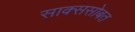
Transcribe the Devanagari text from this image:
साक्ससोबत